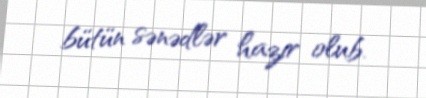
bütün sənədlər hazır olub.